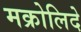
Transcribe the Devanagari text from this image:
मक्रोलिदे